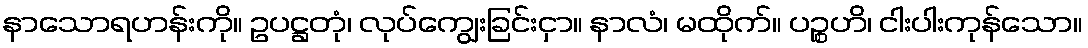
နာသောရဟန်းကို။ ဥပဋ္ဌတုံ၊ လုပ်ကျွေးခြင်းငှာ။ နာလံ၊ မထိုက်။ ပဉ္စဟိ၊ ငါးပါးကုန်သော။